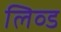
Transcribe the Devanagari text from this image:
लिव्‍ड